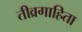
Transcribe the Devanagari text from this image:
तीव्रगाहिता